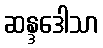
ဆန္ဒဒေါသာ